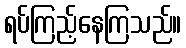
ရပ်ကြည့်နေကြသည်။